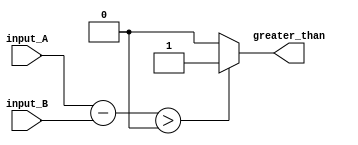
module comparator (
    input [7:0] input_A,
    input [7:0] input_B,
    output greater_than
);

wire [7:0] difference;
wire is_greater_than;

assign difference = input_A - input_B;
assign is_greater_than = (difference > 0) ? 1'b1 : 1'b0;
assign greater_than = is_greater_than;

endmodule